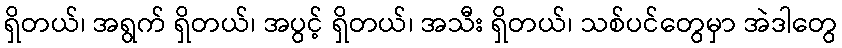
ရှိတယ်၊ အရွက် ရှိတယ်၊ အပွင့် ရှိတယ်၊ အသီး ရှိတယ်၊ သစ်ပင်တွေမှာ အဲဒါတွေ